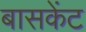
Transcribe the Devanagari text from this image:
बासकेंट